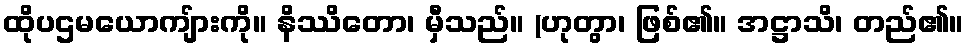
ထိုပဌမယောကျ်ားကို။ နိဿိတော၊ မှီသည်။ (ဟုတွာ၊ ဖြစ်၏။ အဋ္ဌာသိ၊ တည်၏။